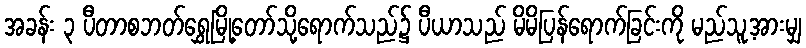
အခန်း ၃ ပီတာစဘတ်ရွှေမြို့တော်သို့ရောက်သည်၌ ပီယာသည် မိမိပြန်ရောက်ခြင်းကို မည်သူ့အားမျှ